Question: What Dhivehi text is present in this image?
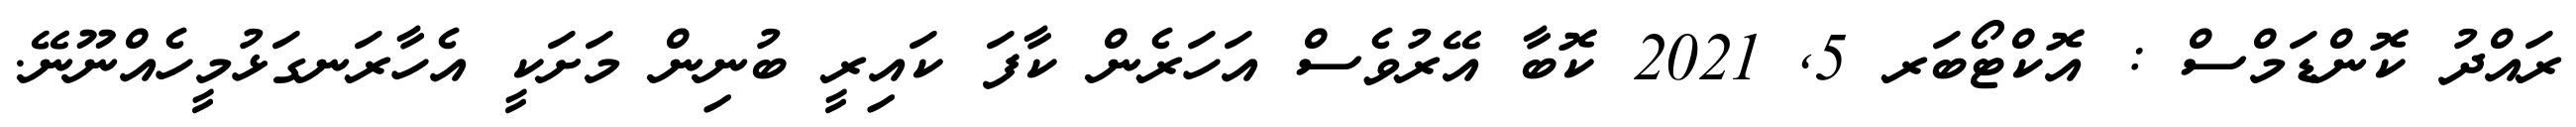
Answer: ރައްދު ކޮންޑަމްސް : އޮކްޓޯބަރ 5, 2021 ކޮބާ އޭރުވެސް އަހަރެން ކާފަ ކައިރީ ބުނިން މަށަކީ އެހާރަނގަޅުމީހެއްނޫނޭ.